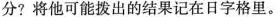
分?将他可能拨出的结果记在日字格里。